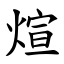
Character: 煊